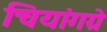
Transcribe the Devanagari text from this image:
चियांगग्रे